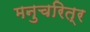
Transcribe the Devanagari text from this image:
मनुचरित्र